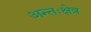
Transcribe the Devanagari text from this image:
अन्तःक्षेत्र